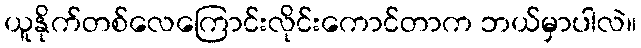
ယူနိုက်တစ်လေကြောင်းလိုင်းကောင်တာက ဘယ်မှာပါလဲ။